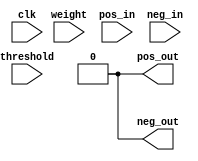
`timescale 1ns / 1ps

module neuron ( // A neuron with both positive and negative input ports
  clk,
  weight,
  threshold,
  pos_in,
  neg_in,
  pos_out,
  neg_out
  );

  input clk, weight;
  input [7:0] threshold;
  input pos_in, neg_in;
  output pos_out, neg_out;

  reg [7:0] counter;
  reg pos_out, neg_out;

  initial begin
    counter <= 8'b0;
    pos_out <= 0;
    neg_out <= 0;
  end

  always @ ( pos_in, neg_in ) begin
    if (pos_in == 1)
      begin
        counter <= counter + 1;
      end
    else if (neg_in == 1)
      begin
        counter <= (counter == 8'b0) ? 0 : counter - 1;
      end
  end

  always @ ( negedge clk ) begin
    if (counter >= threshold) begin
      if (weight == 1) pos_out <= 1;
      else if (weight == 0) neg_out <= 1;
      counter <= 8'b0;
      #1
      pos_out <= 0;
      neg_out <= 0;

    end else begin
      pos_out <= 0;
      neg_out <= 0;
    end
  end

endmodule // neuron